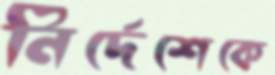
নির্দেশেকে